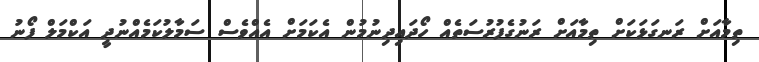
ތިމާއަށް ރަނގަޅަކަށް ތިމާއަށް ރަނުގެފުރުސަތެއް ހޯދައިދިނުމުން އެކަމަށް އެއްވެސް ސަމާލުކަމެއްނުދީ އަކްމަލް ފޯނު